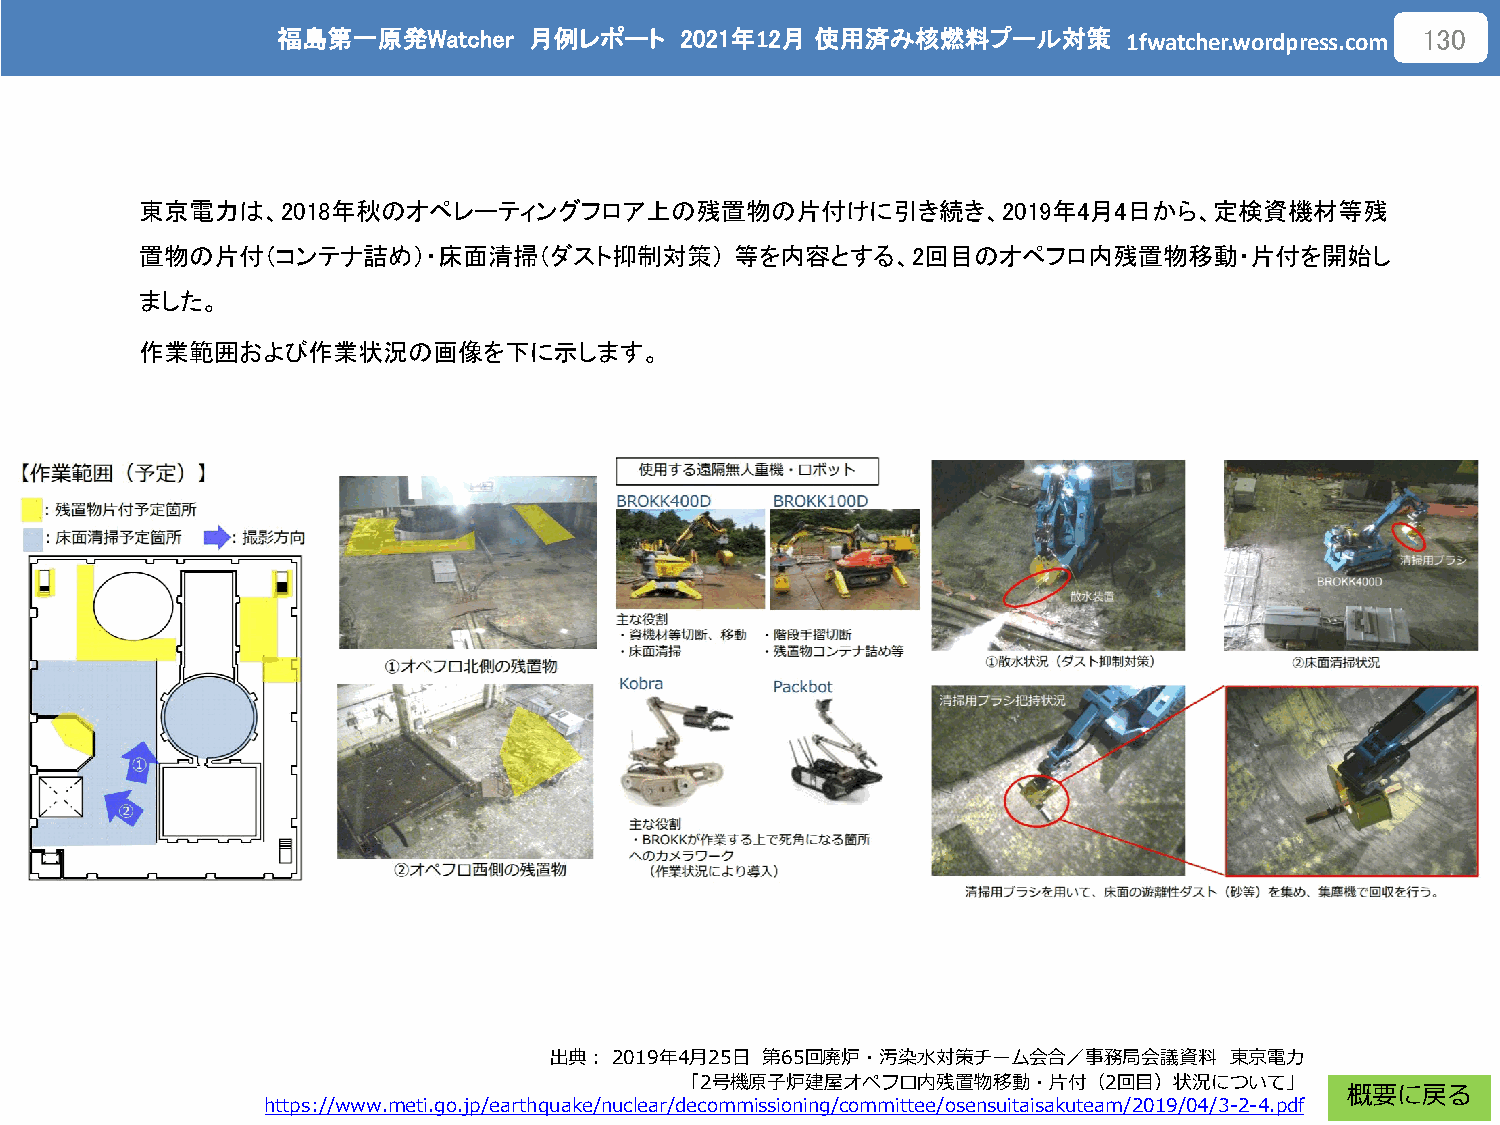
福島第一原発Watcher    月例レポート    2021年12月 使用済み核燃料プール対策
 1fwatcher.wordpress.com
 130
 東京電力は、2018年秋のオペレーティングフロア上の残置物の片付けに引き続き、2019年4月4日から、定検資機材等残
 置物の片付（コンテナ詰め）・床面清掃（ダスト抑制対策）             等を内容とする、2回目のオペフロ内残置物移動・片付を開始し
 ました。
 作業範囲および作業状況の画像を下に示します。
 出典：2019年4月25日 第65回廃炉・汚染水対策チーム会合／事務局会議資料      東京電力
 「2号機原子炉建屋オペフロ内残置物移動・片付（2回目）状況について」
 概要に戻る
 https://www.meti.go.jp/earthquake/nuclear/decommissioning/committee/osensuitaisakuteam/2019/04/3-2-4.pdf